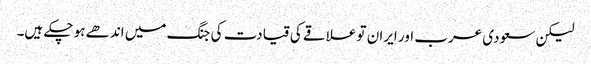
لیکن سعودی عرب اور ایران تو علاقے کی قیادت کی جنگ میں اندھے ہو چکے ہیں۔